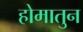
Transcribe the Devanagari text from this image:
होमातुन